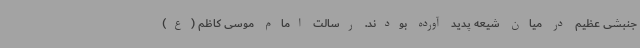
جنبشی عظیم در میان شیعه پدید آورده بودند. رسالت امام موسی کاظم (ع)